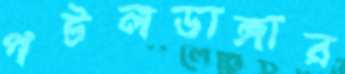
পটলডাঙ্গার